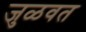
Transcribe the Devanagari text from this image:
जुळवत